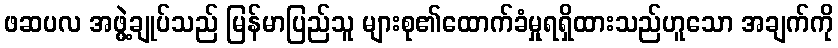
ဖဆပလ အဖွဲ့ချုပ်သည် မြန်မာပြည်သူ များစု၏ထောက်ခံမှုရရှိထားသည်ဟူသော အချက်ကို